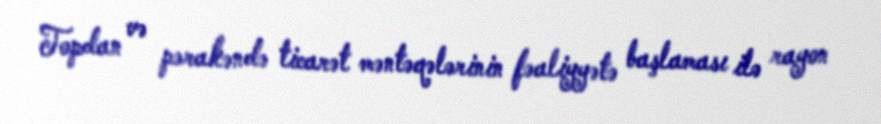
Topdan və pərakəndə ticarət məntəqələrinin fəaliyyətə başlaması ilə rayon